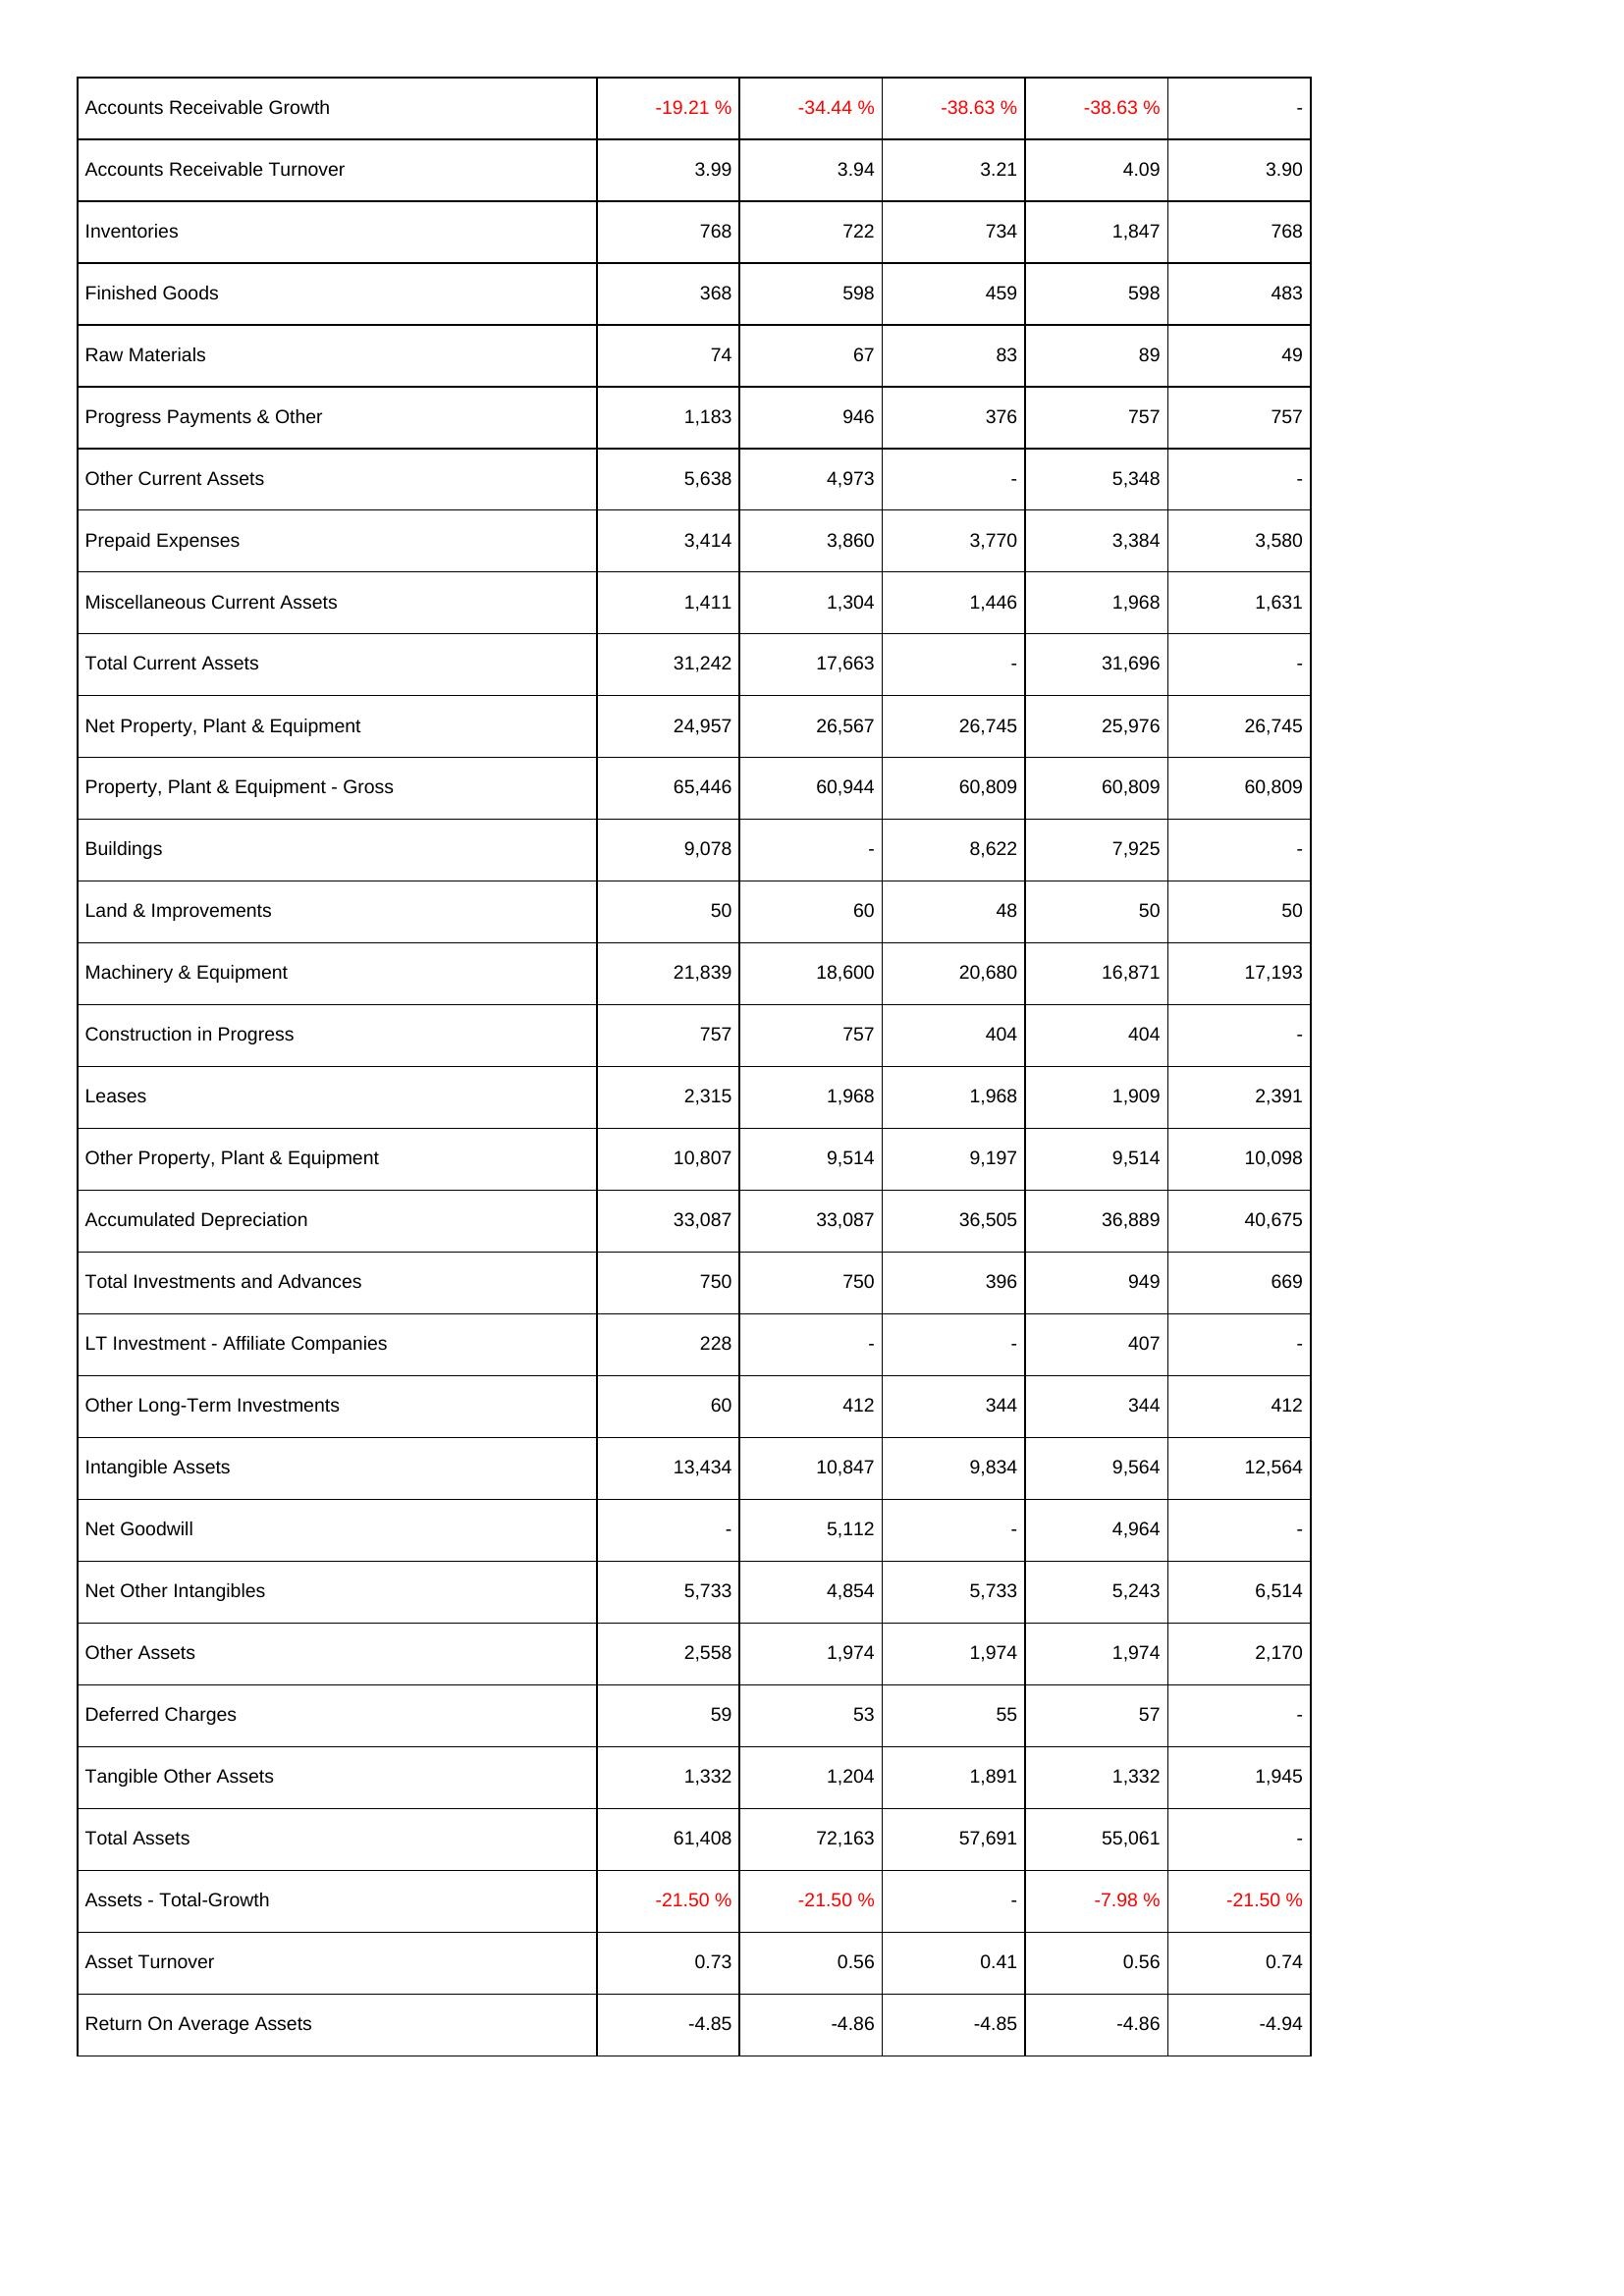
2022: Assets: Accounts Receivable Growth: -19.21 %
Accounts Receivable Turnover: 3.99
Inventories: 768
Finished Goods: 368
Raw Materials: 74
Progress Payments & Other: 1,183
Other Current Assets: 5,638
Prepaid Expenses: 3,414
Miscellaneous Current Assets: 1,411
Total Current Assets: 31,242
Net Property, Plant & Equipment: 24,957
Property, Plant & Equipment - Gross: 65,446
Buildings: 9,078
Land & Improvements: 50
Machinery & Equipment: 21,839
Construction in Progress: 757
Leases: 2,315
Other Property, Plant & Equipment: 10,807
Accumulated Depreciation: 33,087
Total Investments and Advances: 750
LT Investment - Affiliate Companies: 228
Other Long-Term Investments: 60
Intangible Assets: 13,434
Net Goodwill: -
Net Other Intangibles: 5,733
Other Assets: 2,558
Deferred Charges: 59
Tangible Other Assets: 1,332
Total Assets: 61,408
Assets - Total-Growth: -21.50 %
Asset Turnover: 0.73
Return On Average Assets: -4.85
2021: Assets: Accounts Receivable Growth: -34.44 %
Accounts Receivable Turnover: 3.94
Inventories: 722
Finished Goods: 598
Raw Materials: 67
Progress Payments & Other: 946
Other Current Assets: 4,973
Prepaid Expenses: 3,860
Miscellaneous Current Assets: 1,304
Total Current Assets: 17,663
Net Property, Plant & Equipment: 26,567
Property, Plant & Equipment - Gross: 60,944
Buildings: -
Land & Improvements: 60
Machinery & Equipment: 18,600
Construction in Progress: 757
Leases: 1,968
Other Property, Plant & Equipment: 9,514
Accumulated Depreciation: 33,087
Total Investments and Advances: 750
LT Investment - Affiliate Companies: -
Other Long-Term Investments: 412
Intangible Assets: 10,847
Net Goodwill: 5,112
Net Other Intangibles: 4,854
Other Assets: 1,974
Deferred Charges: 53
Tangible Other Assets: 1,204
Total Assets: 72,163
Assets - Total-Growth: -21.50 %
Asset Turnover: 0.56
Return On Average Assets: -4.86
2020: Assets: Accounts Receivable Growth: -38.63 %
Accounts Receivable Turnover: 3.21
Inventories: 734
Finished Goods: 459
Raw Materials: 83
Progress Payments & Other: 376
Other Current Assets: -
Prepaid Expenses: 3,770
Miscellaneous Current Assets: 1,446
Total Current Assets: -
Net Property, Plant & Equipment: 26,745
Property, Plant & Equipment - Gross: 60,809
Buildings: 8,622
Land & Improvements: 48
Machinery & Equipment: 20,680
Construction in Progress: 404
Leases: 1,968
Other Property, Plant & Equipment: 9,197
Accumulated Depreciation: 36,505
Total Investments and Advances: 396
LT Investment - Affiliate Companies: -
Other Long-Term Investments: 344
Intangible Assets: 9,834
Net Goodwill: -
Net Other Intangibles: 5,733
Other Assets: 1,974
Deferred Charges: 55
Tangible Other Assets: 1,891
Total Assets: 57,691
Assets - Total-Growth: -
Asset Turnover: 0.41
Return On Average Assets: -4.85
2019: Assets: Accounts Receivable Growth: -38.63 %
Accounts Receivable Turnover: 4.09
Inventories: 1,847
Finished Goods: 598
Raw Materials: 89
Progress Payments & Other: 757
Other Current Assets: 5,348
Prepaid Expenses: 3,384
Miscellaneous Current Assets: 1,968
Total Current Assets: 31,696
Net Property, Plant & Equipment: 25,976
Property, Plant & Equipment - Gross: 60,809
Buildings: 7,925
Land & Improvements: 50
Machinery & Equipment: 16,871
Construction in Progress: 404
Leases: 1,909
Other Property, Plant & Equipment: 9,514
Accumulated Depreciation: 36,889
Total Investments and Advances: 949
LT Investment - Affiliate Companies: 407
Other Long-Term Investments: 344
Intangible Assets: 9,564
Net Goodwill: 4,964
Net Other Intangibles: 5,243
Other Assets: 1,974
Deferred Charges: 57
Tangible Other Assets: 1,332
Total Assets: 55,061
Assets - Total-Growth: -7.98 %
Asset Turnover: 0.56
Return On Average Assets: -4.86
2018: Assets: Accounts Receivable Growth: -
Accounts Receivable Turnover: 3.90
Inventories: 768
Finished Goods: 483
Raw Materials: 49
Progress Payments & Other: 757
Other Current Assets: -
Prepaid Expenses: 3,580
Miscellaneous Current Assets: 1,631
Total Current Assets: -
Net Property, Plant & Equipment: 26,745
Property, Plant & Equipment - Gross: 60,809
Buildings: -
Land & Improvements: 50
Machinery & Equipment: 17,193
Construction in Progress: -
Leases: 2,391
Other Property, Plant & Equipment: 10,098
Accumulated Depreciation: 40,675
Total Investments and Advances: 669
LT Investment - Affiliate Companies: -
Other Long-Term Investments: 412
Intangible Assets: 12,564
Net Goodwill: -
Net Other Intangibles: 6,514
Other Assets: 2,170
Deferred Charges: -
Tangible Other Assets: 1,945
Total Assets: -
Assets - Total-Growth: -21.50 %
Asset Turnover: 0.74
Return On Average Assets: -4.94